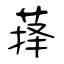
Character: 萚